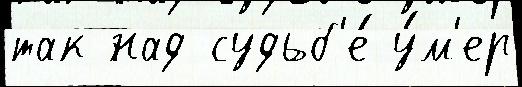
так над судьб'е́ у́м'ер